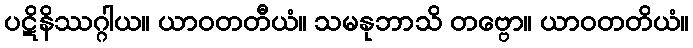
ပဋိနိဿဂ္ဂါယ။ ယာဝတတီယံ။ သမနုဘာသိ တဗ္ဗော။ ယာဝတတိယံ။